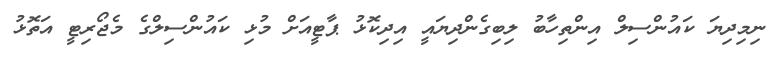
ނިމިދިޔަ ކައުންސިލް އިންތިހާބު ލިބިގެންދިޔައީ އިދިކޮޅު ޕާޓީއަށް މުޅި ކައުންސިލްގެ މެޖޯރިޓީ އަތޮޅު